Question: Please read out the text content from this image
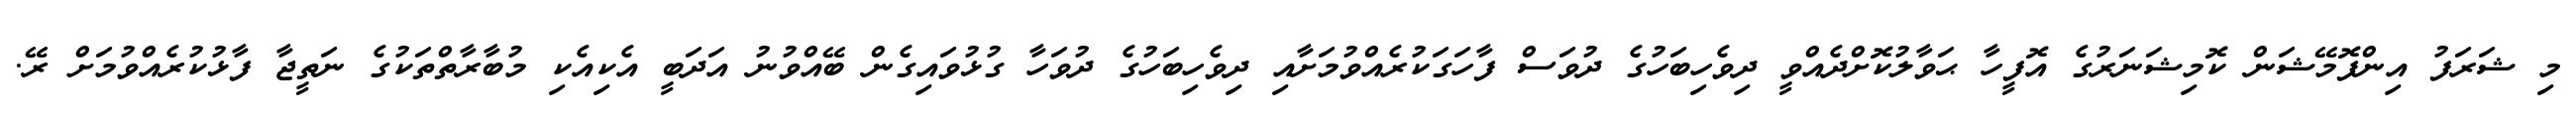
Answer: މި ޝަރަފު އިންފޮމޭޝަން ކޮމިޝަނަރުގެ އޮފީހާ ޙަވާލުކޮށްދެއްވީ ދިވެހިބަހުގެ ދުވަސް ފާހަގަކުރެއްވުމަށާއި ދިވެހިބަހުގެ ދުވަހާ ގުޅުވައިގެން ބޭއްވުނު އަދަބީ އެކިއެކި މުބާރާތްތަކުގެ ނަތީޖާ ފާޅުކުރެއްވުމަށް ރޭ.